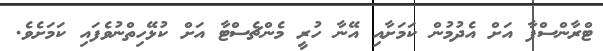
ޓްރާންސްފާ އަށް އެދުމުން ކަމަށާއި އޭނާ ހުރީ މެންޗެސްޓާ އަށް ކުޅޭހިތްނުވެފައި ކަމަށެވެ.